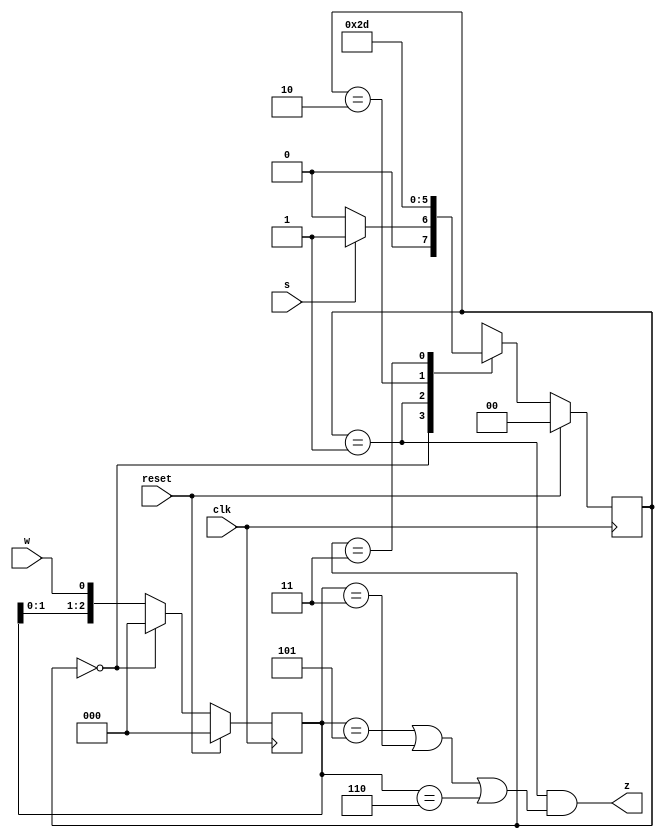
module top_module (
    input clk,
    input reset,   // Synchronous reset
    input s,
    input w,
    output z
);

    parameter A=2'b00,B=2'b01,C=2'b10,D=2'b11;
    reg [1:0]curr_state,next_state;
    reg [2:0] temp;

    always @(posedge clk) begin
        if(reset) curr_state<=A;
        else      curr_state<=next_state;
    end


    always @(*) begin
        case(curr_state)
            A      :  next_state= s? B:A;
            B      :  next_state= C;
            C      :  next_state= D;
            D      :  next_state= B;             
            default:  next_state= A;
        endcase
    end



    always @(posedge clk) begin
        if(reset)     temp<=3'b0;
        else if(!(curr_state==A))  temp<={temp[1:0],w}; 
        else          temp<=3'b0;
    end

    assign z=(curr_state==B)&((temp==3'b101)|
                              (temp==3'b011)|
                              (temp==3'b110));



endmodule